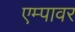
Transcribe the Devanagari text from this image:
एम्पावर